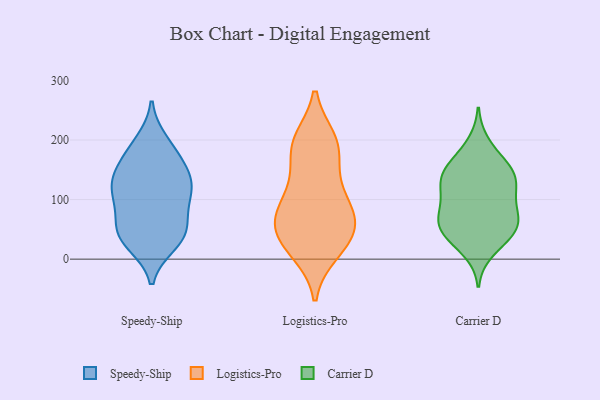
{"axis": {"x": "Churn Rate (%)", "y": "Value"}, "legend": ["Carrier D", "Logistics-Pro", "Speedy-Ship"], "data": [{"x": "", "y": 155, "type": "Speedy-Ship"}, {"x": "", "y": 26, "type": "Speedy-Ship"}, {"x": "", "y": 116, "type": "Speedy-Ship"}, {"x": "", "y": 123, "type": "Speedy-Ship"}, {"x": "", "y": 34, "type": "Speedy-Ship"}, {"x": "", "y": 37, "type": "Speedy-Ship"}, {"x": "", "y": 55, "type": "Speedy-Ship"}, {"x": "", "y": 99, "type": "Speedy-Ship"}, {"x": "", "y": 197, "type": "Speedy-Ship"}, {"x": "", "y": 184, "type": "Speedy-Ship"}, {"x": "", "y": 43, "type": "Speedy-Ship"}, {"x": "", "y": 66, "type": "Speedy-Ship"}, {"x": "", "y": 102, "type": "Speedy-Ship"}, {"x": "", "y": 165, "type": "Speedy-Ship"}, {"x": "", "y": 130, "type": "Speedy-Ship"}, {"x": "", "y": 133, "type": "Speedy-Ship"}, {"x": "", "y": 131, "type": "Logistics-Pro"}, {"x": "", "y": 191, "type": "Logistics-Pro"}, {"x": "", "y": 36, "type": "Logistics-Pro"}, {"x": "", "y": 20, "type": "Logistics-Pro"}, {"x": "", "y": 70, "type": "Logistics-Pro"}, {"x": "", "y": 90, "type": "Logistics-Pro"}, {"x": "", "y": 13, "type": "Logistics-Pro"}, {"x": "", "y": 68, "type": "Logistics-Pro"}, {"x": "", "y": 61, "type": "Logistics-Pro"}, {"x": "", "y": 120, "type": "Logistics-Pro"}, {"x": "", "y": 199, "type": "Logistics-Pro"}, {"x": "", "y": 72, "type": "Logistics-Pro"}, {"x": "", "y": 193, "type": "Logistics-Pro"}, {"x": "", "y": 33, "type": "Logistics-Pro"}, {"x": "", "y": 186, "type": "Logistics-Pro"}, {"x": "", "y": 52, "type": "Carrier D"}, {"x": "", "y": 67, "type": "Carrier D"}, {"x": "", "y": 112, "type": "Carrier D"}, {"x": "", "y": 45, "type": "Carrier D"}, {"x": "", "y": 131, "type": "Carrier D"}, {"x": "", "y": 79, "type": "Carrier D"}, {"x": "", "y": 139, "type": "Carrier D"}, {"x": "", "y": 149, "type": "Carrier D"}, {"x": "", "y": 53, "type": "Carrier D"}, {"x": "", "y": 13, "type": "Carrier D"}, {"x": "", "y": 124, "type": "Carrier D"}, {"x": "", "y": 70, "type": "Carrier D"}, {"x": "", "y": 46, "type": "Carrier D"}, {"x": "", "y": 153, "type": "Carrier D"}, {"x": "", "y": 170, "type": "Carrier D"}, {"x": "", "y": 87, "type": "Carrier D"}, {"x": "", "y": 143, "type": "Carrier D"}, {"x": "", "y": 105, "type": "Carrier D"}, {"x": "", "y": 32, "type": "Carrier D"}, {"x": "", "y": 195, "type": "Carrier D"}]}